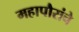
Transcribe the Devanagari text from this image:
महापौरांचे